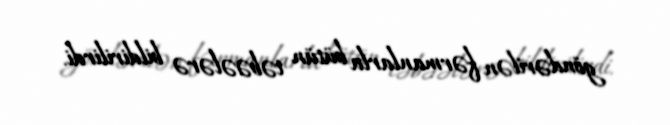
göndərilən fərmanlarla bütün təbəələrə bildirilirdi.